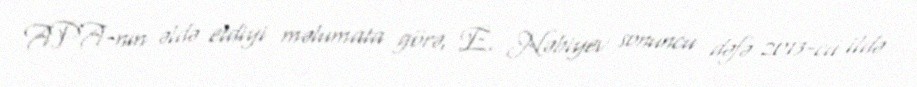
APA-nın əldə etdiyi məlumata görə, E. Nəbiyev sonuncu dəfə 2013-cü ildə